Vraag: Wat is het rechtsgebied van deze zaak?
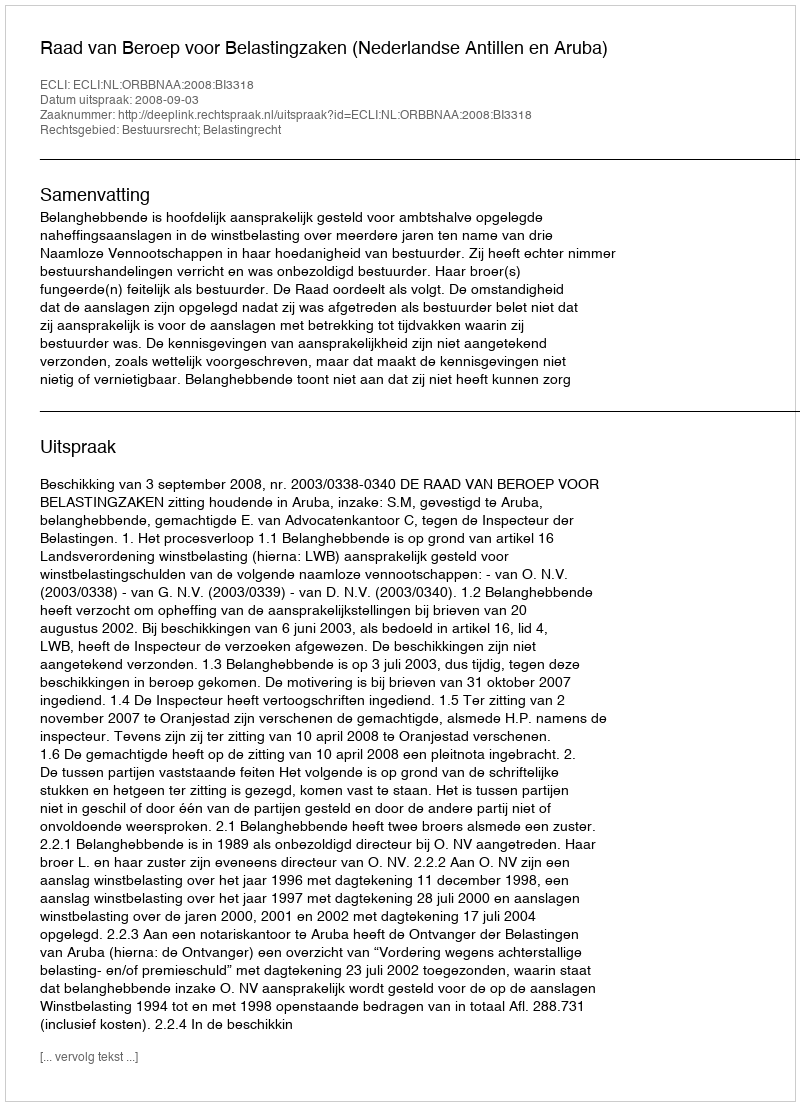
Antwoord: Bestuursrecht; Belastingrecht